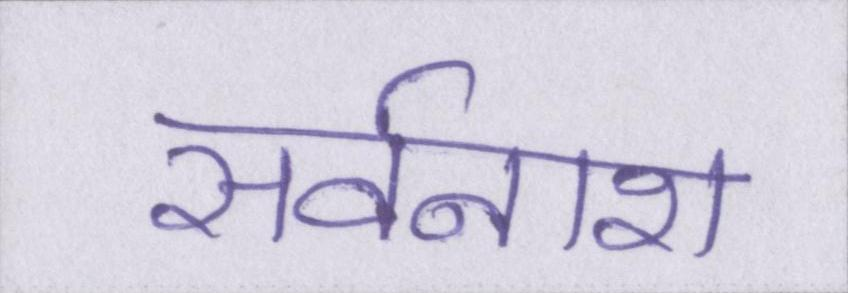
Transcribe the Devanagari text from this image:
सर्वनाश